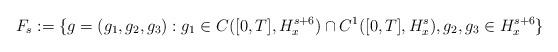
LaTeX: \begin{align*} F_s := \{ g = (g_1, g_2, g_3) : g_1 \in C([0,T], H^{s+6}_x) \cap C^1([0,T], H^s_x), g_2, g_3 \in H^{s+6}_x \}\end{align*}